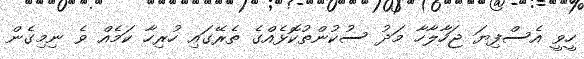
ހީވީ އެސްފިޔަ ޖަހާލާހާ މަދު ސުކުންތުކޮޅެއްގެ ތެރޭގައި ހުރިހާ ކަމެއް ވެ ނިމިގެން